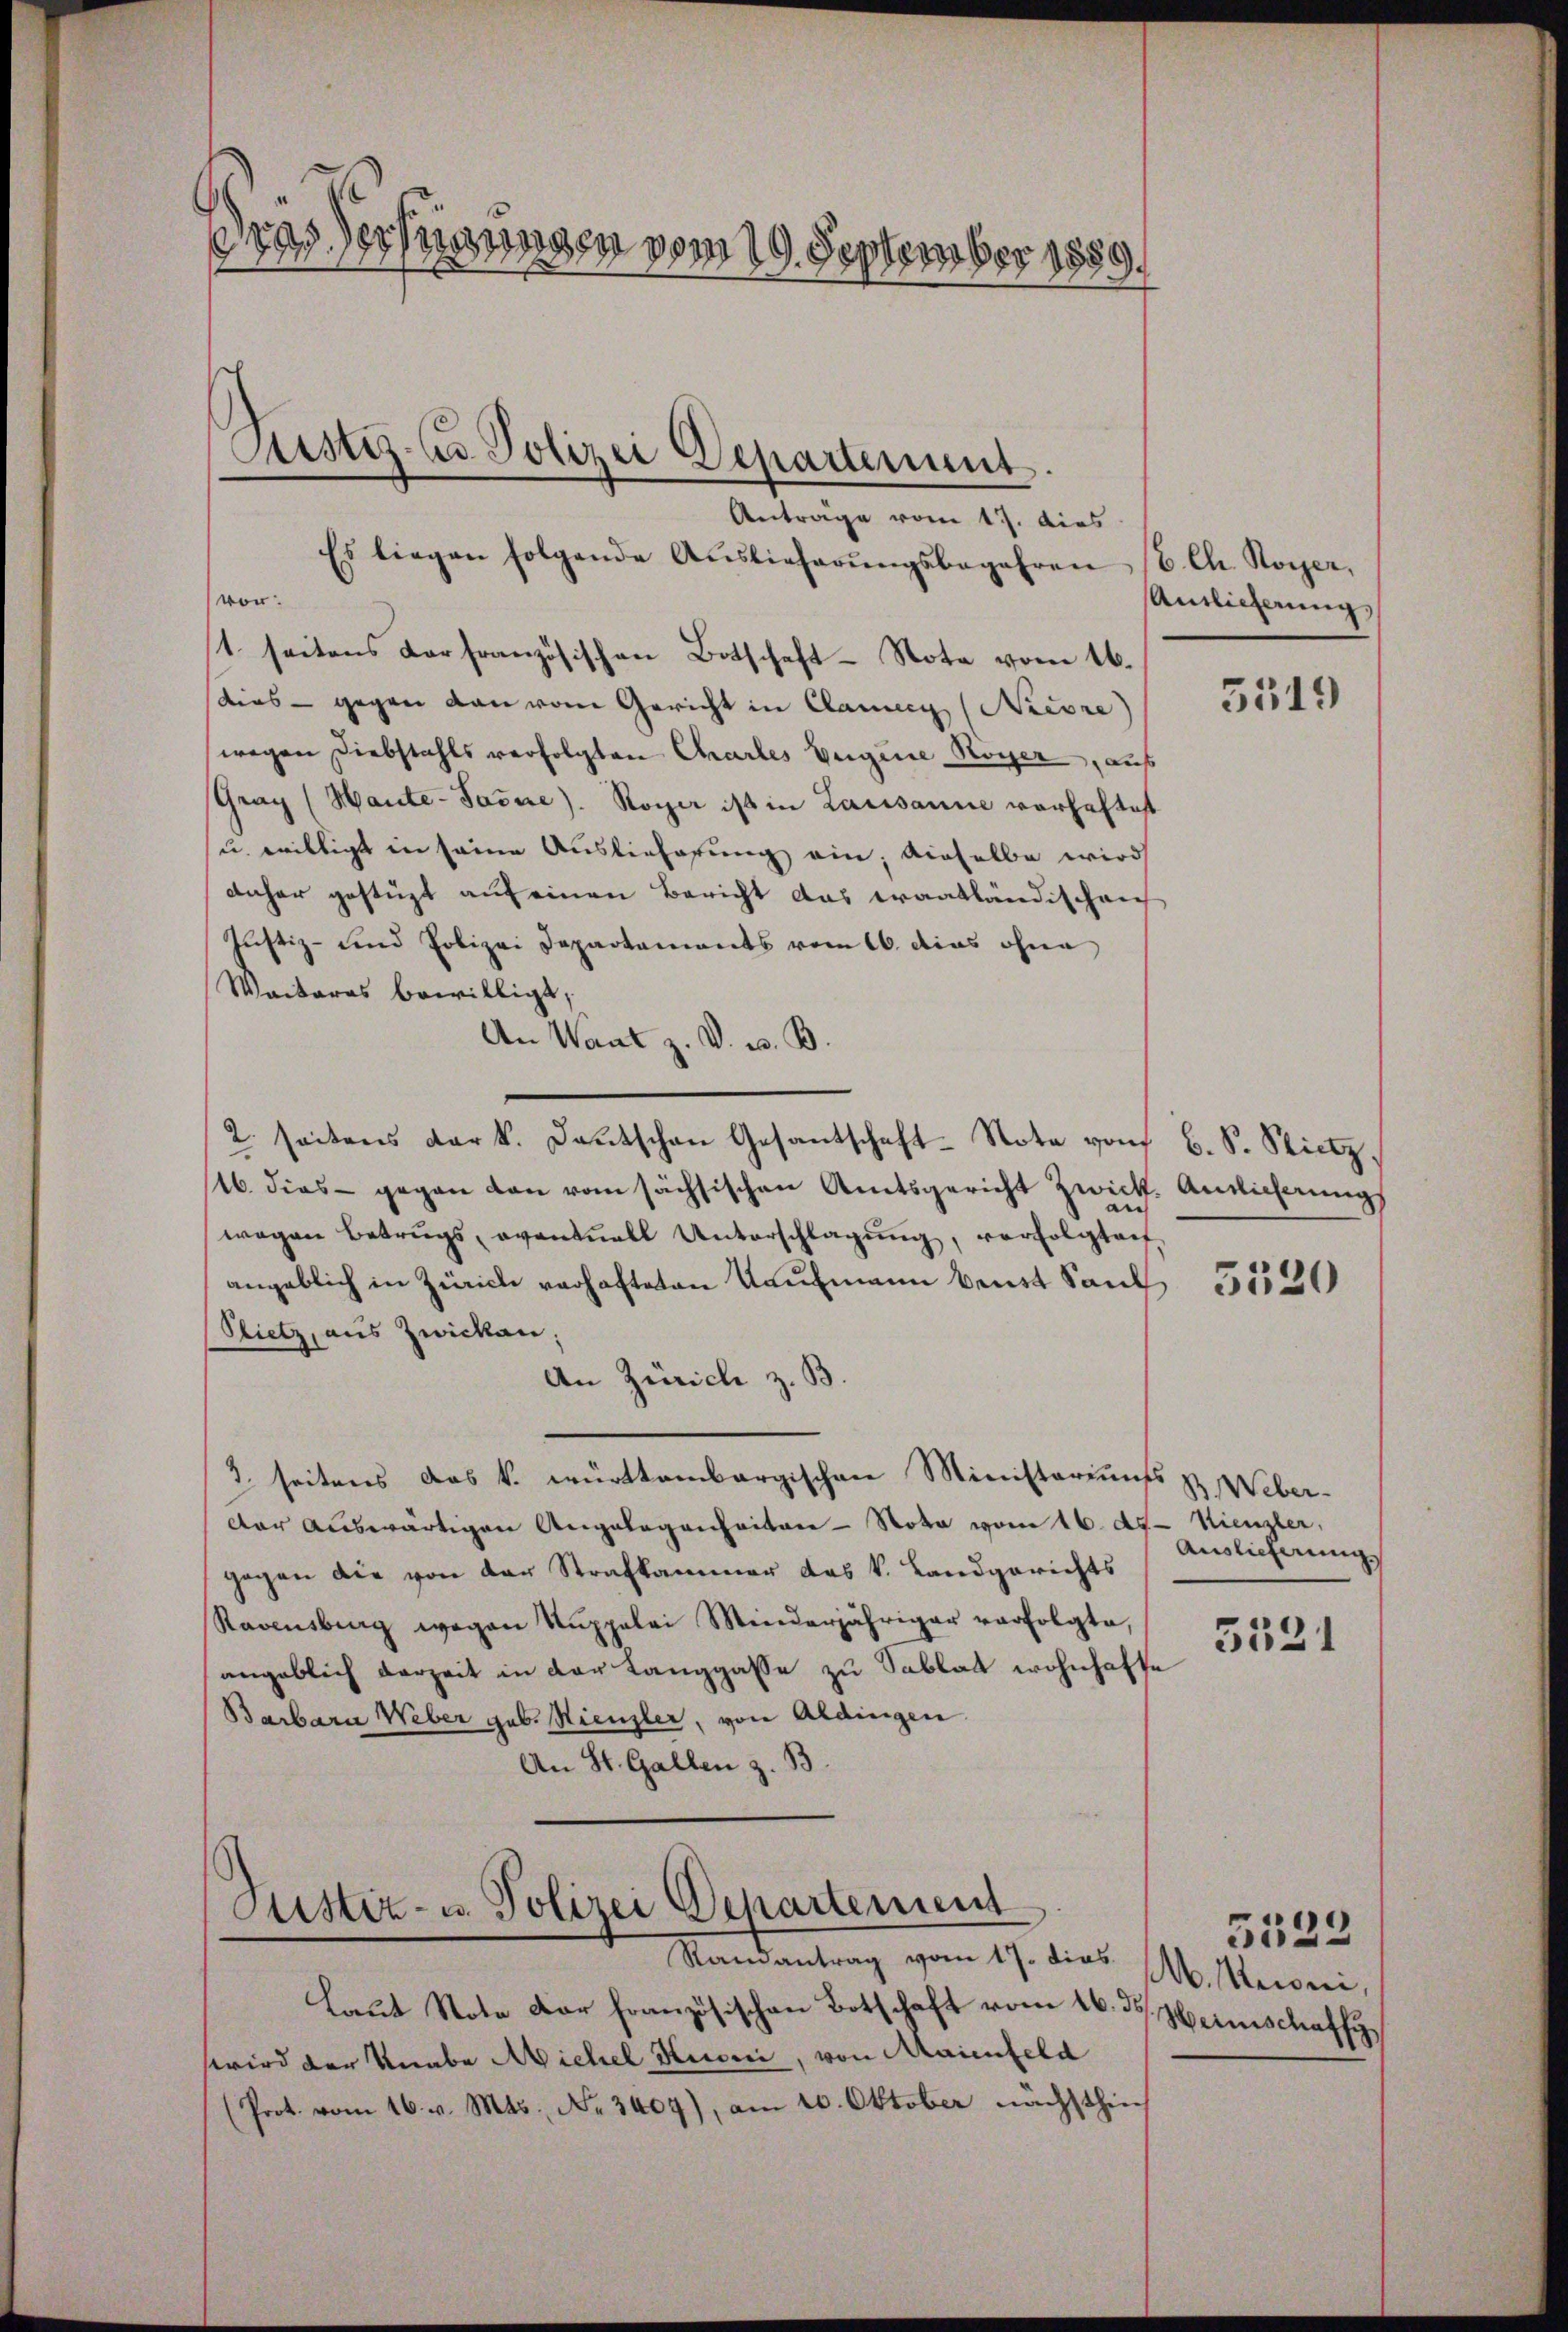
dras Verfügungen vom 19. September 1889.

Justiz- u. Polizei Departement.
Anträge vom 17. dies

Es liegen folgende Auslieferŭngsbegehren
von:
t. seitens Dorfranzösischen Botschaft-Note vom 16.
dies - gegen dan vom Gericht in Cannig (Niere
wegen Diebstahls verfolgten Chartes Eigene Koyer, auß
Gray (Haute-Sašne). Rogar ist in Lausanne verhaftet
u. willigt in seine Auslieferung ein; dieselbe wird
daher gestüzt auf einen Bericht das erantländischei
Justiz- und Polizei Departaments vom 16. dies ohne
Waikaras bewilligt,
An Want z. V. B. B.
2. seitens dark. Deutschen Gesantschaft-Note von
116. dies gegen den vom sächsischen Amtsgericht Zwick. Antlicherungs
a
in
wegen Betrugs, eventuell Unterschlagung, verfolgtauf-
angeblich in Zürich verhafteten Kaufmann beist Sand
Sietz, aus Zwicken.
An Zürich z. B.
3. seitens das k. württembergischen Ministeriums
dar auswärtigen Angelegenheiten - Nota vom 16. ds. Kienzler,
gegen die von der Strafkammer das k. Landgerichts
Ravensberg wegen Rŭppelei Minderjähriger verfolgte,
angeblich derzeit in der Langgasse zu Sablat wohnhafte
Barbara Weber geb. Hienzler, von Aldingen.
An St. Gallen z. B.

Justiz- u. Polizei Departement
Randantrag vom 17. dies M. Reirei,

Laut Note der französischen Botschaft vom 16. ds. Heimschaffy
wird der Knabe Michel Huser, von Maienfeld
(Prot. vom 16. v. Mts., Nr. 3407), am 20. Oktober nächsthin

(6. Ch. Royer,
Ainlicherung,

5519

b. S. Stietz,

5520

B. Weber-
Auslieferung

3331

5539